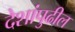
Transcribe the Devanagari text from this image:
देशांपुढील